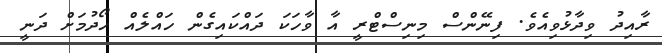
ރާއިދު ވިދާޅުވިއެވެ. ފިނޭންސް މިނިސްޓްރީ އާ ވާހަކަ ދައްކައިގެން ހައްލެއް ހޯދުމަށް ދަނީ